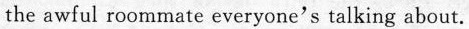
the awful roommate everyone's talking about.